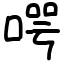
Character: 㗁